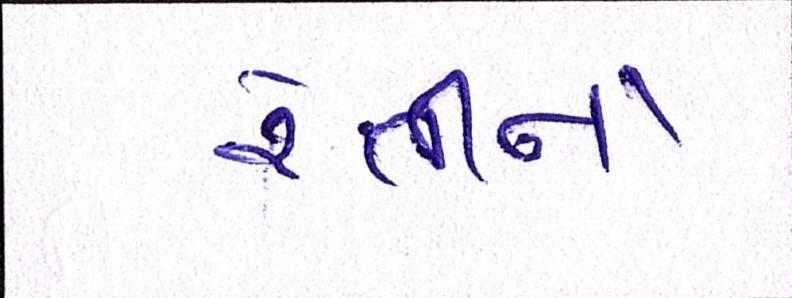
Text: રેતીના